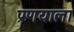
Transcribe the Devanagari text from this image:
प्रणयाला